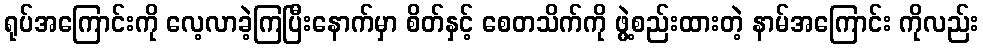
ရုပ်အကြောင်းကို လေ့လာခဲ့ကြပြီးနောက်မှာ စိတ်နှင့် စေတသိက်ကို ဖွဲ့စည်းထားတဲ့ နာမ်အကြောင်း ကိုလည်း